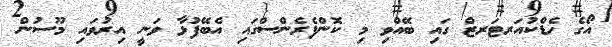
އޯގެ ހެޑްކުއަރޓަރޒް ގައި ބޭއްވި މި ކޮންފެރެންސްގައި އެބޭފުޅާ ވަނީ އިރުވައި މޫސުން